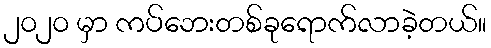
၂၀၂၀ မှာ ကပ်ဘေးတစ်ခုရောက်လာခဲ့တယ်။